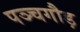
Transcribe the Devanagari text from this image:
पञ्चगौड़